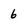
Character: 6